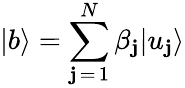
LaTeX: |b\rangle=\sum_{\mathbf{j}\mathop{=}1}^{N}\beta_{\mathbf{j}}|u_{\mathbf{j}}\rangle